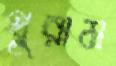
থুরাম